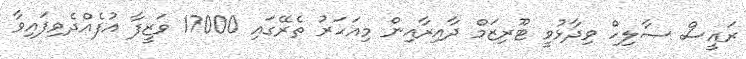
ރައީސް ޞާލިހް ވިދާޅުވީ ޓޫރިޒަމް ދާއިރާއިން މިއަހަރު ތެރޭގައި 17000 ވަޒީފާ އުފެއްދެވިފައިވާ